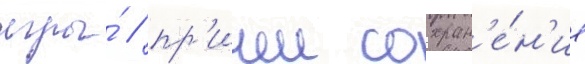
игры́ / пр'ичем сохран'е́н'ие